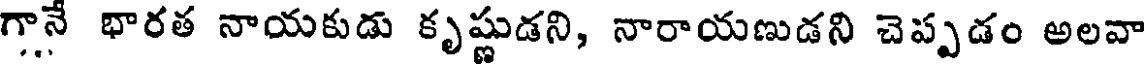
గానే భారత నాయకుడు కృష్ణుడని, నారాయణుడని చెప్పడం అలవా